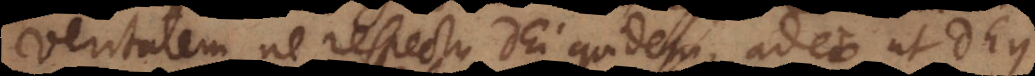
veritatem ne respectu Dei quidem, adeo ut Deus